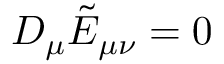
D _ { \mu } \tilde { E } _ { \mu \nu } = 0